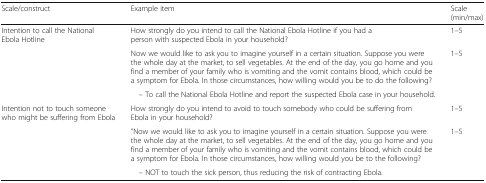
<table><thead><tr><td><b>Scale/construct</b></td><td><b>Example item</b></td><td><b>Scale (min/max)</b></td></tr></thead><tbody><tr><td rowspan="3">Intention to call the National Ebola Hotline</td><td>How strongly do you intend to call the National Ebola Hotline if you had a person with suspected Ebola in your household?</td><td>1–5</td></tr><tr><td>Now we would like to ask you to imagine yourself in a certain situation. Suppose you were the whole day at the market, to sell vegetables. At the end of the day, you go home and you find a member of your family who is vomiting and the vomit contains blood, which could be a symptom for Ebola. In those circumstances, how willing would you be to do the following?</td><td rowspan="2">1–5</td></tr><tr><td> – To call the National Ebola Hotline and report the suspected Ebola case in your household.</td></tr><tr><td rowspan="3">Intention not to touch someone who might be suffering from Ebola</td><td>How strongly do you intend to avoid to touch somebody who could be suffering from Ebola in your household?</td><td>1–5</td></tr><tr><td>“Now we would like to ask you to imagine yourself in a certain situation. Suppose you were the whole day at the market, to sell vegetables. At the end of the day, you go home and you find a member of your family who is vomiting and the vomit contains blood, which could be a symptom for Ebola. In those circumstances, how willing would you be to the following?</td><td rowspan="2">1–5</td></tr><tr><td> – NOT to touch the sick person, thus reducing the risk of contracting Ebola.</td></tr></tbody></table>